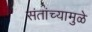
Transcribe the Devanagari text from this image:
संतांच्यामुळे